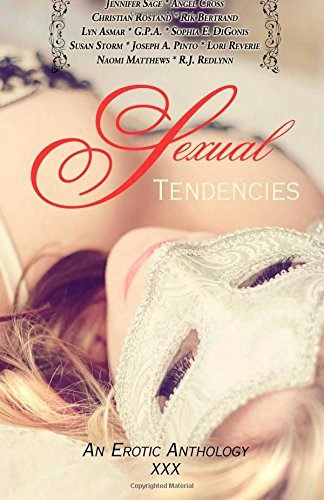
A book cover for Sexual Tendencies-An Erotic Anthology; Jennifer Sage; Romance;